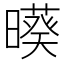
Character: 𣋒